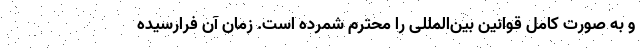
و به صورت کامل قوانین بین‌المللی را محترم شمرده است. زمان آن فرارسیده